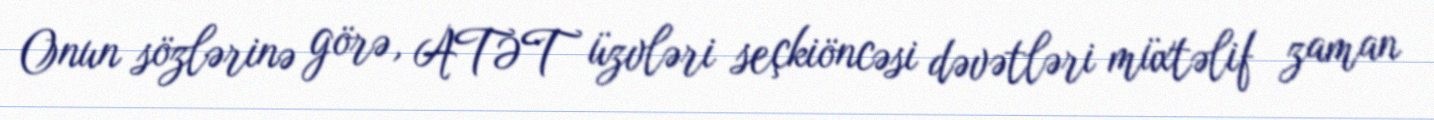
Onun sözlərinə görə, ATƏT üzvləri seçkiöncəsi dəvətləri müxtəlif zaman